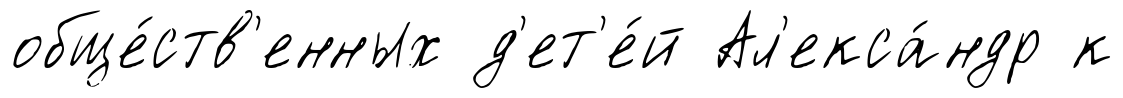
обще́ств'енных д'ет'е́й Ал'екса́ндр к